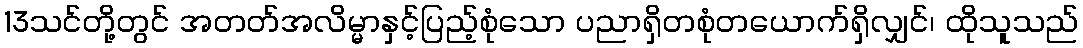
13သင်တို့တွင် အတတ်အလိမ္မာနှင့်ပြည့်စုံသော ပညာရှိတစုံတယောက်ရှိလျှင်၊ ထိုသူသည်